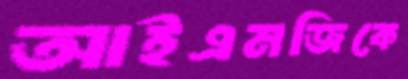
আইএমজিকে